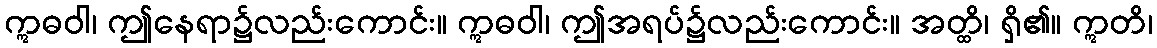
ဣဓဝါ၊ ဤနေရာ၌လည်းကောင်း။ ဣဓဝါ၊ ဤအရပ်၌လည်းကောင်း။ အတ္ထိ၊ ရှိ၏။ ဣတိ၊